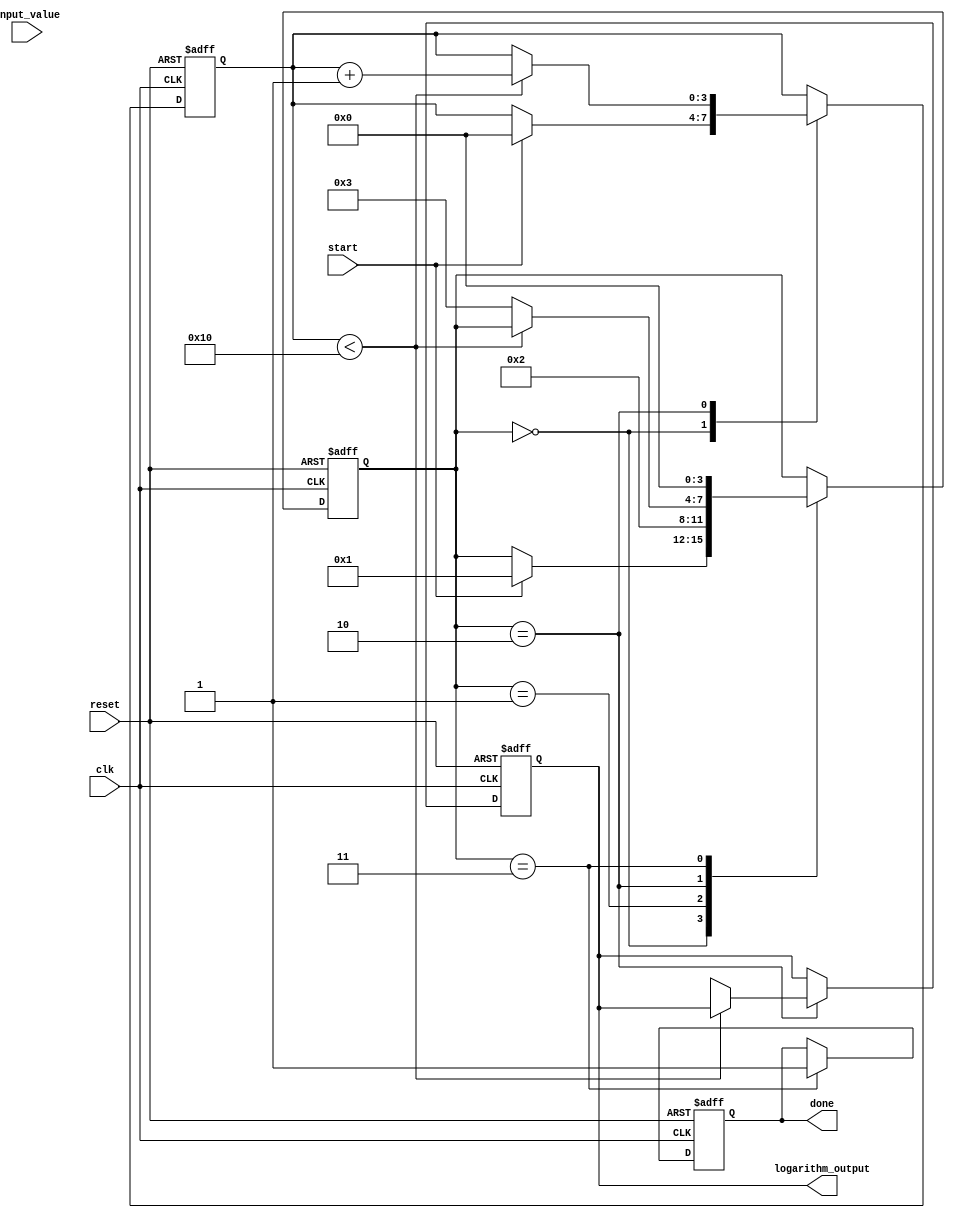
module cordic_logarithm (
    input wire clk,
    input wire reset,
    input wire start,
    input wire [31:0] input_value, // Positive fixed-point input value
    output reg [31:0] logarithm_output, // Output logarithm result
    output reg done // Signal to indicate completion
);

    // CORDIC parameters
    parameter NUM_ITERATIONS = 16; // Number of iterations for CORDIC
    reg [31:0] x [0:NUM_ITERATIONS-1]; // X values
    reg [31:0] y [0:NUM_ITERATIONS-1]; // Y values
    reg [31:0] z [0:NUM_ITERATIONS-1]; // Z values (angle)
    reg [31:0] arctan_table [0:NUM_ITERATIONS-1]; // Arctangent values
    reg [3:0] state; // FSM state
    reg [3:0] iteration; // Current iteration count

    // Initialize arctangent values for logarithm calculation
    initial begin
        arctan_table[0] = 32'h00000000; // arctan(1) = 0
        arctan_table[1] = 32'h3F800000; // arctan(1/2) = /4
        arctan_table[2] = 32'h3F000000; // arctan(1/4) = /8
        // Fill in other arctan values as needed
        // ...
    end

    // FSM states
    localparam IDLE = 0, INIT = 1, ITERATE = 2, DONE = 3;

    // State machine for CORDIC iterations
    always @(posedge clk or posedge reset) begin
        if (reset) begin
            state <= IDLE;
            done <= 0;
            iteration <= 0;
            logarithm_output <= 0;
        end else begin
            case (state)
                IDLE: begin
                    if (start) begin
                        // Initialize values
                        x[0] <= input_value; // Initial x value
                        y[0] <= 0; // Initial y value
                        z[0] <= 0; // Initial z value
                        iteration <= 0;
                        state <= INIT;
                    end
                end

                INIT: begin
                    // Prepare for iterations
                    state <= ITERATE;
                end

                ITERATE: begin
                    if (iteration < NUM_ITERATIONS) begin
                        // CORDIC iteration logic
                        if (z[iteration] < 0) begin
                            // Perform subtraction
                            x[iteration + 1] <= x[iteration] - (y[iteration] >> iteration);
                            y[iteration + 1] <= y[iteration] + (x[iteration] >> iteration);
                            z[iteration + 1] <= z[iteration] + arctan_table[iteration];
                        end else begin
                            // Perform addition
                            x[iteration + 1] <= x[iteration] + (y[iteration] >> iteration);
                            y[iteration + 1] <= y[iteration] - (x[iteration] >> iteration);
                            z[iteration + 1] <= z[iteration] - arctan_table[iteration];
                        end
                        iteration <= iteration + 1;
                    end else begin
                        // Final output calculation
                        logarithm_output <= x[NUM_ITERATIONS] + y[NUM_ITERATIONS]; // Example output
                        state <= DONE;
                    end
                end

                DONE: begin
                    done <= 1; // Indicate completion
                    state <= IDLE; // Reset to IDLE state
                end
            endcase
        end
    end

endmodule